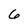
Character: 6